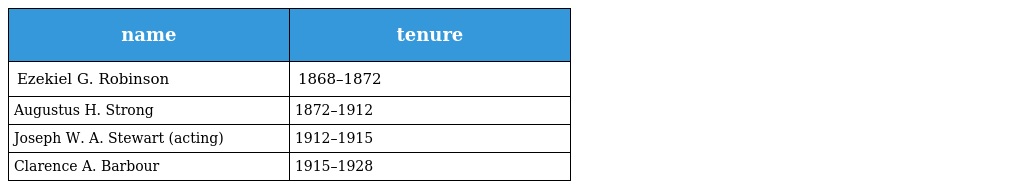
| name | tenure |
 | --- | --- |
 | Ezekiel G. Robinson | 1868–1872 |
 | Augustus H. Strong | 1872–1912 |
 | Joseph W. A. Stewart (acting) | 1912–1915 |
 | Clarence A. Barbour | 1915–1928 |